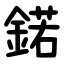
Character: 鍩